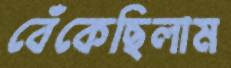
বেঁকেছিলাম